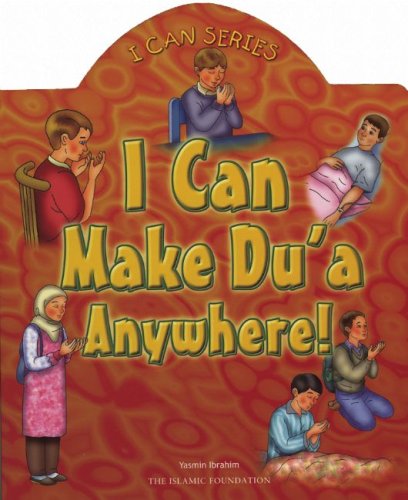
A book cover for I Can Make Du'a Anywhere! (I Can (Islamic Foundation)); Yasmin Ibrahim; Children's Books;